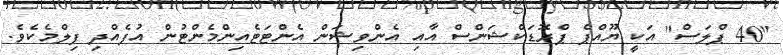
"40 ޕްލަސް" އަކީ ޔޫއްޕެ ޕްރޮޑަކްޝަންސް އާއި އެންވިޝަން އެންޓަޓެއިންމެންޓުން އުފެއްދި ފިލްމެކެވެ.